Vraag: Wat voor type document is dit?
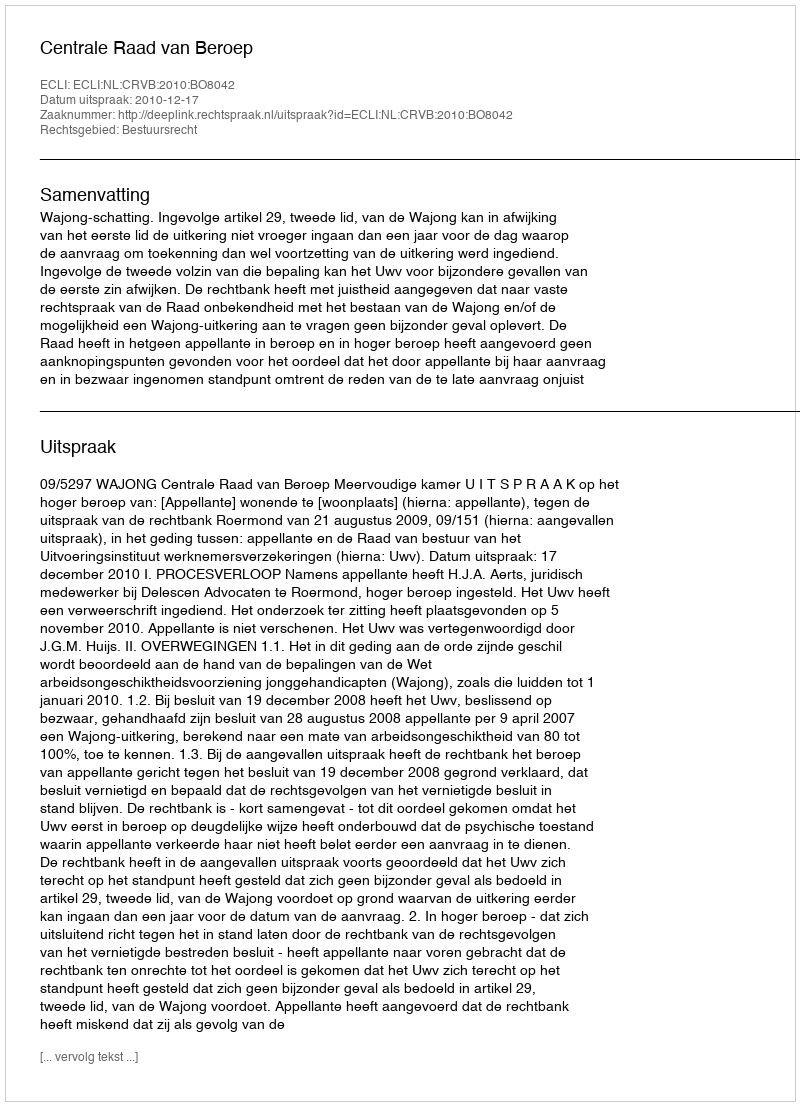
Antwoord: Uitspraak